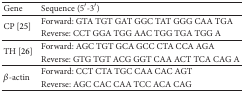
| Gene | Sequence (5′-3′) |
 | --- | --- |
 | <ROWSPAN=2> CP [25] | Forward: GTA TGT GAT GGC TAT GGG CAA TGA |
 | Reverse: CCT GGA TGG AAC TGG TGA TGG A |
 | <ROWSPAN=2> TH [26] | Forward: AGC TGT GCA GCC CTA CCA AGA |
 | Reverse: GTG TGT ACG GGT CAA ACT TCA CAG A |
 | <ROWSPAN=2> β-actin | Forward: CCT CTA TGC CAA CAC AGT |
 | Reverse: AGC CAC CAA TCC ACA CAG |